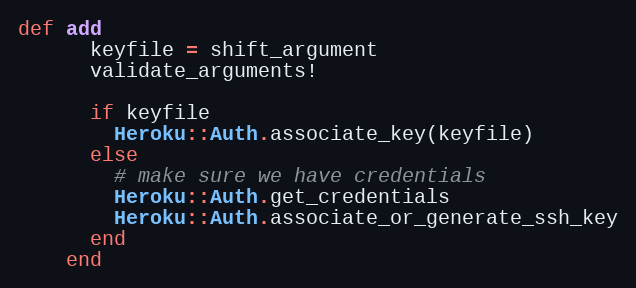
Language: Ruby
def add
      keyfile = shift_argument
      validate_arguments!

      if keyfile
        Heroku::Auth.associate_key(keyfile)
      else
        # make sure we have credentials
        Heroku::Auth.get_credentials
        Heroku::Auth.associate_or_generate_ssh_key
      end
    end